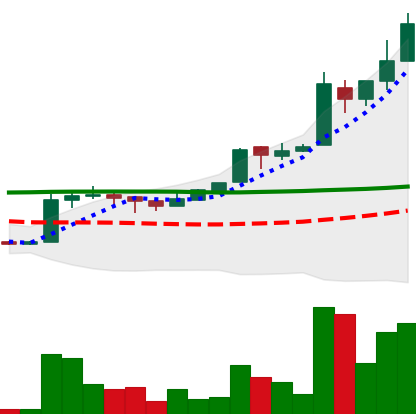
Ticker: EOS-USD
Chart end date: 2018-04-28
Forward return: -5.829%
Label: down_5_7